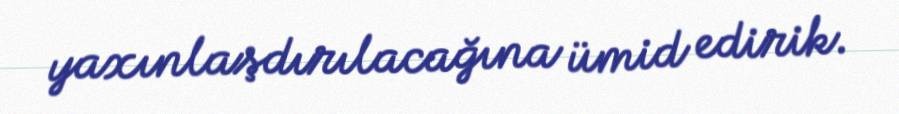
yaxınlaşdırılacağına ümid edirik.